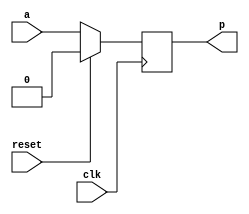
module simpledflop(
    input clk,
    input a,
    input reset,
    output reg p);

    always @ (posedge clk) begin
        if(reset) p <= 1'b0 ;
        else p <= a;
    end 

endmodule